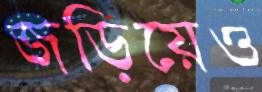
জড়িয়েও